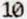
10